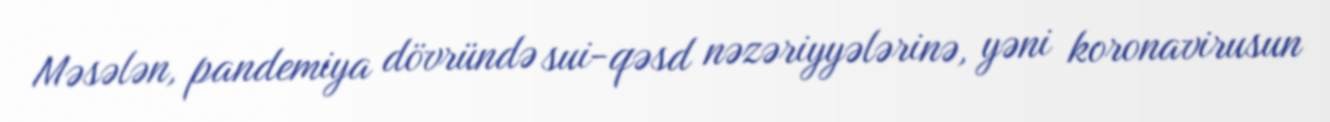
Məsələn, pandemiya dövründə sui-qəsd nəzəriyyələrinə, yəni koronavirusun